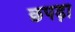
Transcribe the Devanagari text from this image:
छपड़ा